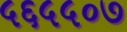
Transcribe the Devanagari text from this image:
५६५५०७